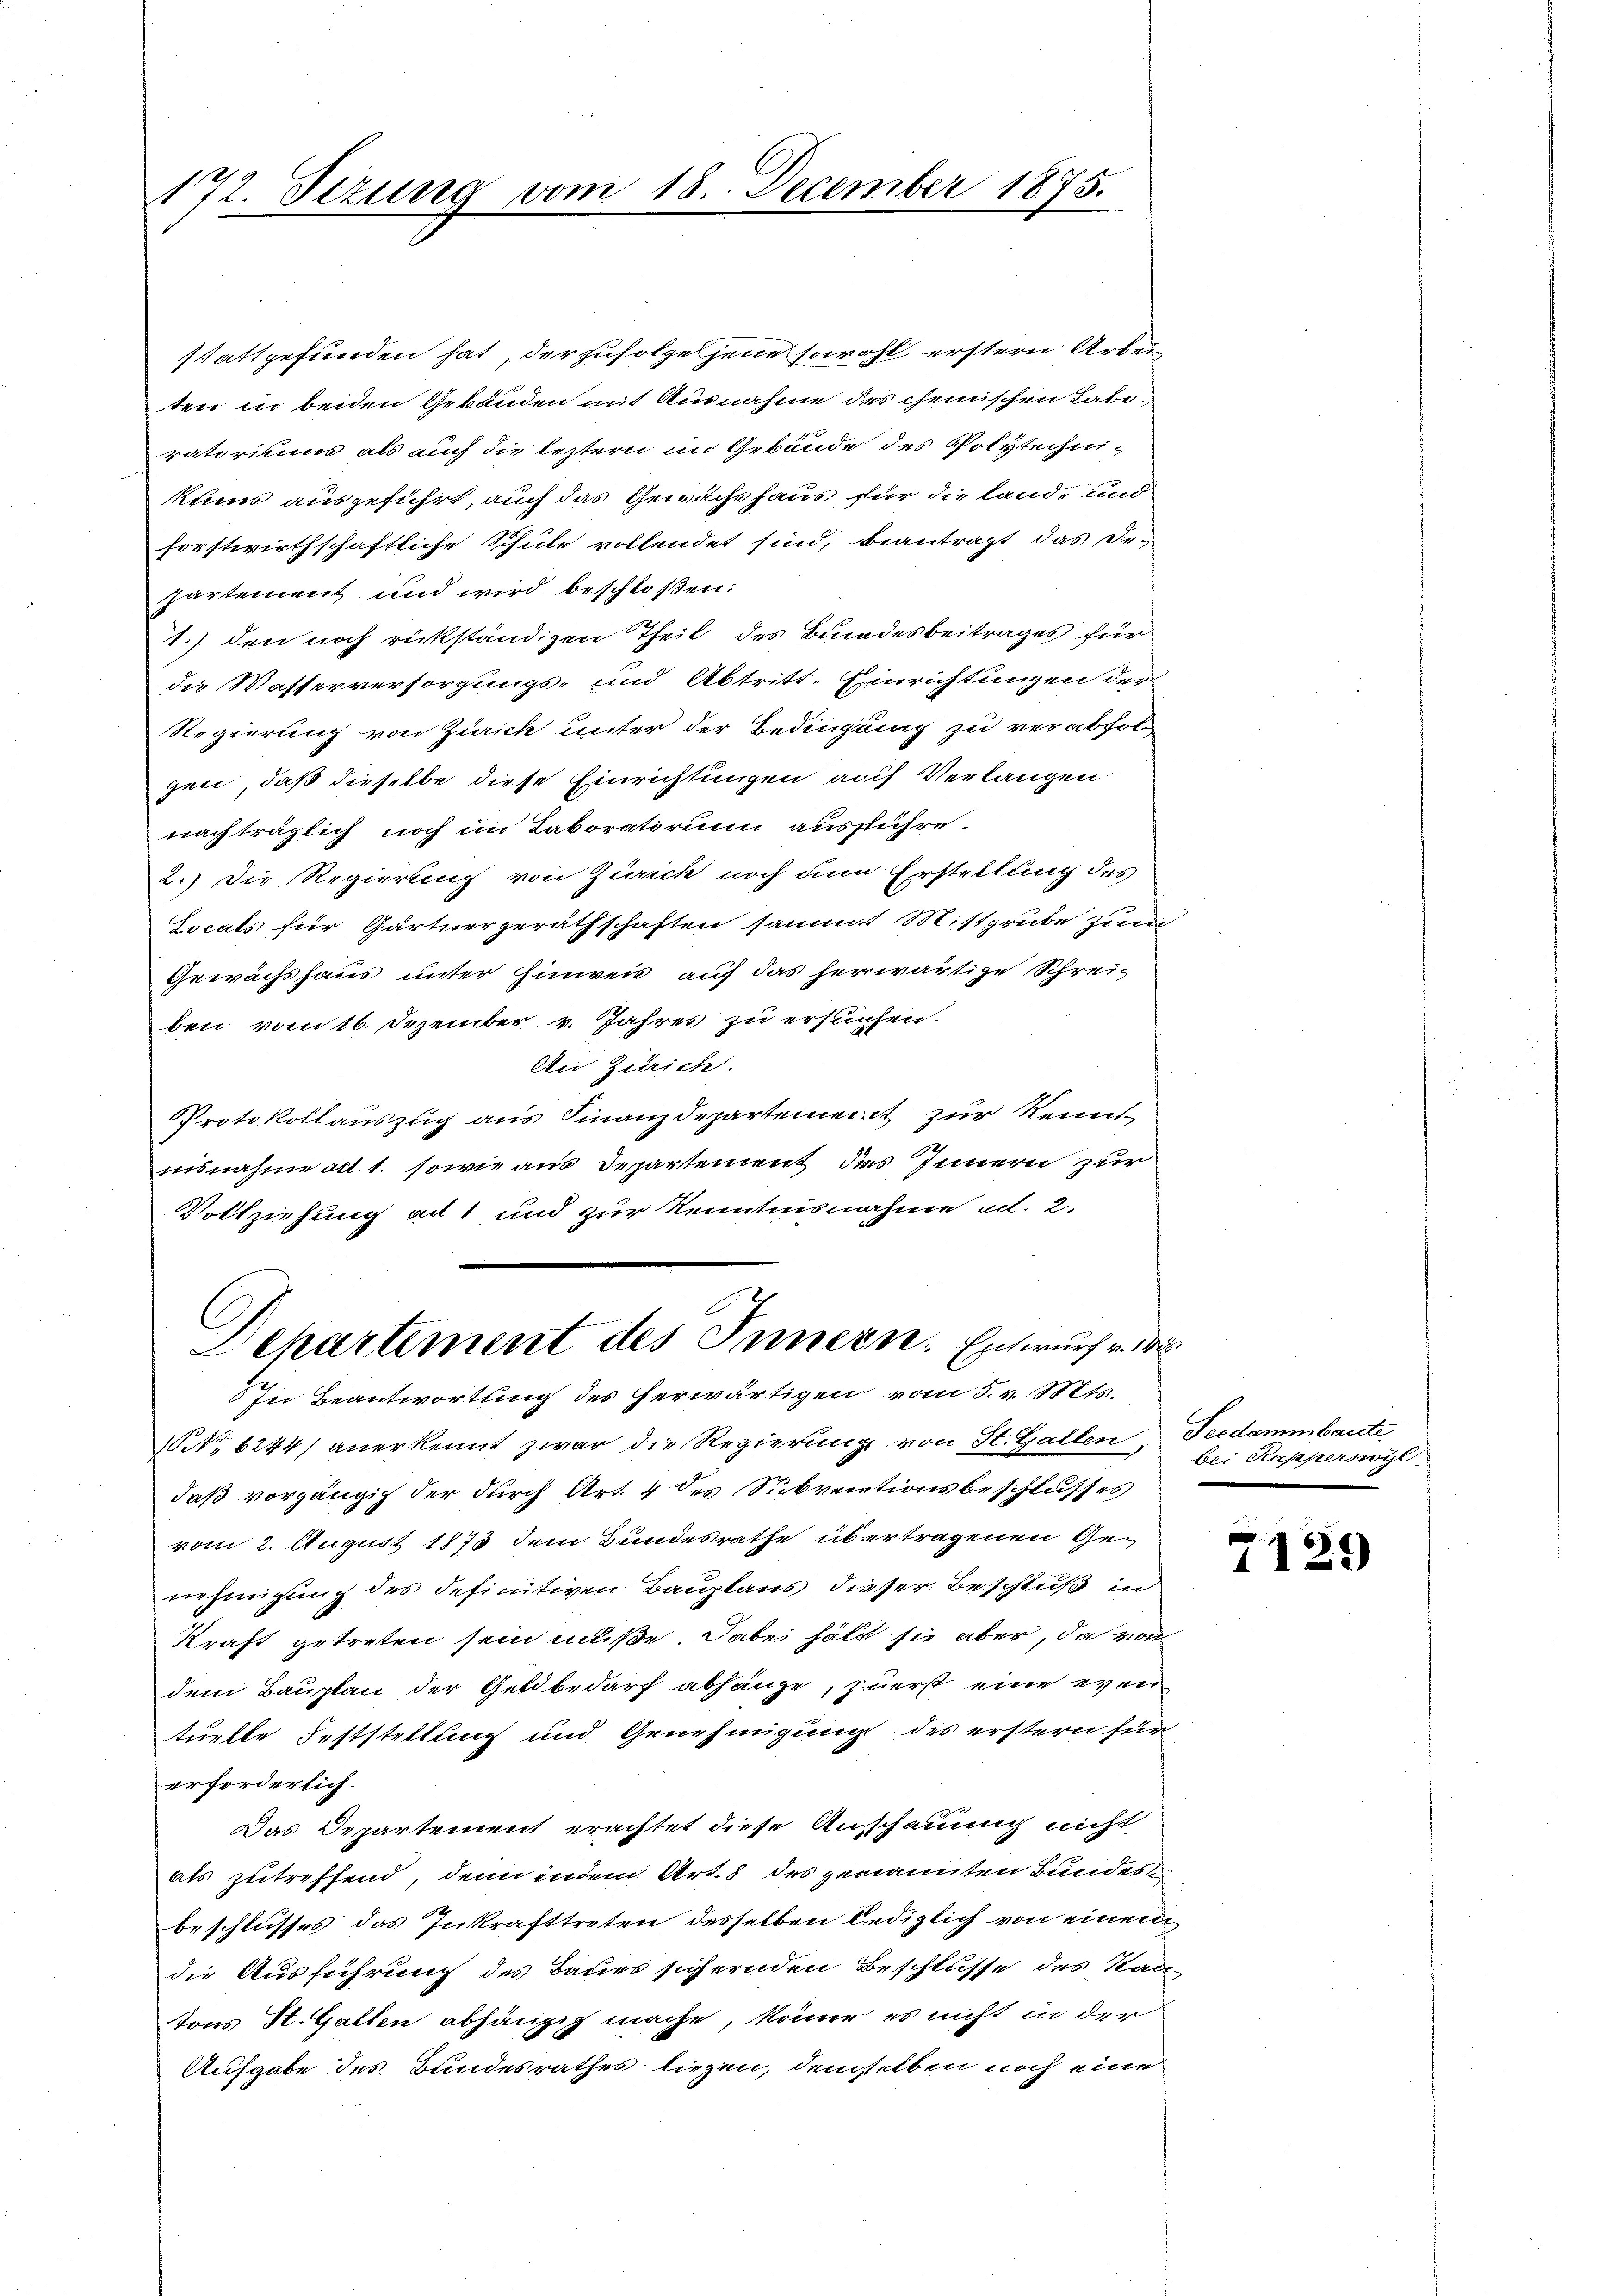
172. Sizung vom 18. December 1875.

stattgefunden hat, der zufolge jene sowohl erstern Arbeiten in beiden Gebäuden mit Ausnahme des chemischen Labiratoriums als auch die leztern im Gebäude des Polytechnikums ausgeführt, auch das Gewächshaus für die land- und
forstwirthschaftliche Schule vollendet sind, beantragt, das De-
partement und wird beschloßen:
1.) den noch rückständigen Theil des Bundesbeitrages für
die Wasserversorgungs- und Abtritt. Einrichtungen der
Regierung von Zürich unter der Bedingung zu verabfol
gen, daß dieselbe diese Einrichtungen auf Verlangen
nachträglich noch im Taboratirung ausführe.
2.) Die Regierung von Zürich noch um Erstellung des
Locals für Gärtnergerathschaften sammt Mistgrube zum
Gewächshaus unter Einweis auf das herwärtige Schrei-
ben vom 16. Dezember v. Jahres zu ersuchen.
An Zürich.
Protokollauszug aus Finanzdepartement zur Kennt
nisnahme ad 1. sowie aus Departement das Innern zur
Vollziehung ad 1 und zur Kenntnisnahme ad. 2.
l
Departement des Innern. Entwurf v. 14
In Beantwortung des herwärtigen vom 5. v. Mts.
NNo. 6244) anerkennt zwar die Regierung von St. Gallen Teedammbaute
daß vorgängig der durch Art. 4 des Subventionsbeschlusses
vom 2. August 1873 dem Bundesrathe übertragenen Genehmigung des definitiven Bauplaus dieser Beschluß in
Kraft getreten sein müße. Dabei hält sie aber, da vom
dem Bauplan der Geldbedarf abhänge, zuerst eine even
tuelle Feststellung und Genehmigung des erstern für
erforderlich.
Das Departement erachtet diese Anschauung nicht
als zutreffend, denn indem Art. 8 des genannten Bundes
beschlusses das Inkrafttreten desselben lediglich von einem
die Ausführung des Baues sichernden Beschlusse des Kan-
tons St. Gallen abhängig mache, könne, es nicht in der
Aufgabe des Bundesrathes liegen, demselben noch eine

bei Kapperswyl

e
1129)